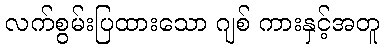
လက်စွမ်းပြထားသော ဂျစ် ကားနှင့်အတူ